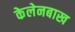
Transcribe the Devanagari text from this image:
केलेनबाख